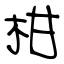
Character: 柑